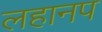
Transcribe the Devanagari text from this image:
लहानप